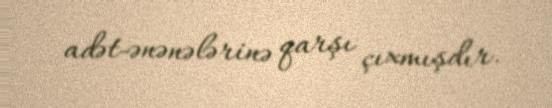
adət-ənənələrinə qarşı çıxmışdır.